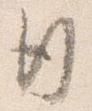
行